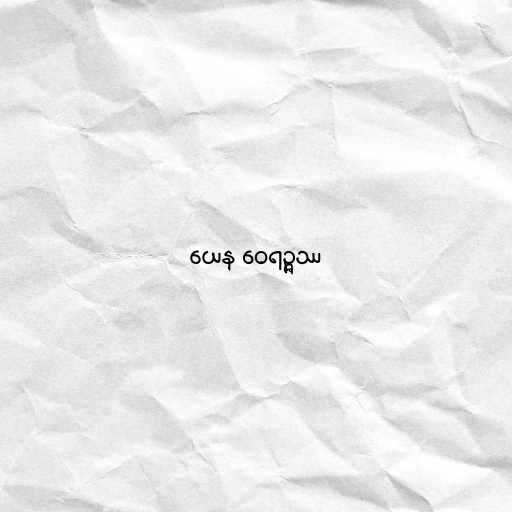
ယေန ဝေရဉ္ဇဿ